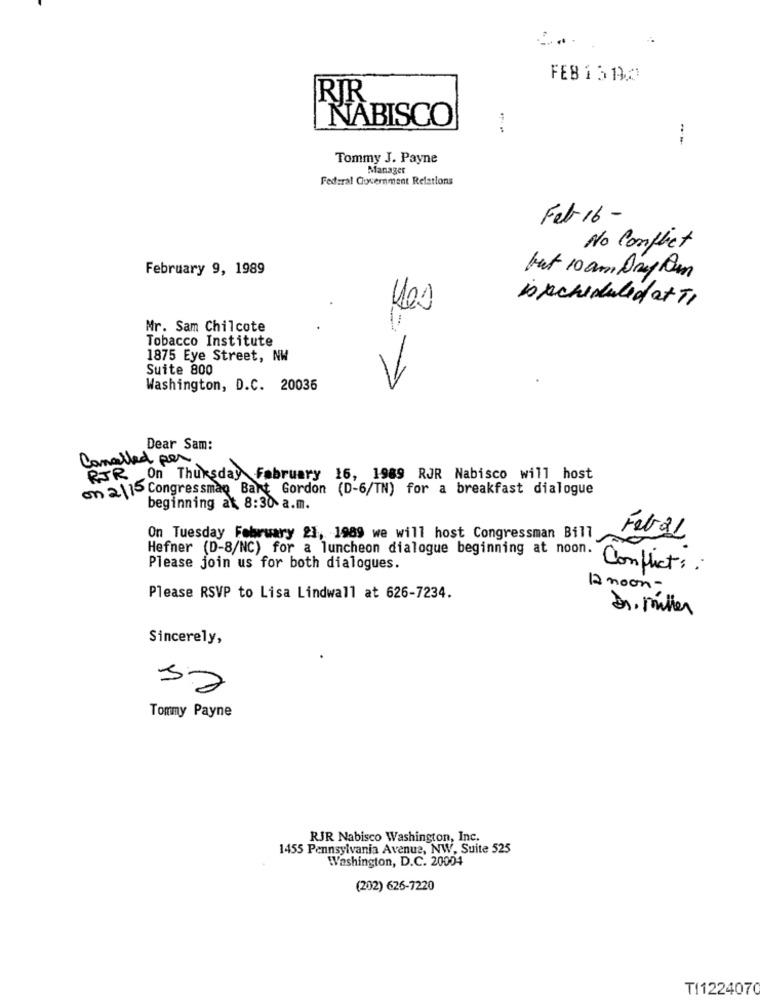
FEB 13130
RIR
NABISCO
Tommy J. Payne
Manager
Federal Government Relations
Feb 16 -
No Conflict
February 9, 1989
but 10 am Day com
is scheduled at TI
Mr. Sam Chilcote
Tobacco Institute
1875 Eye Street, NW
Suite 800
-
Washington, D.C. 20036
Dear Sam:
Conalled per
RJR On Thursday February 16, 1989 RJR Nabisco will host
on 2115 Congressman Bart Gordon (D-6/TN) for a breakfast dialogue
beginning at 8:30 a.m.
On Tuesday February 23, 1989 we will host Congressman Bill
Feb 21
Hefner (D-8/NC) for a luncheon dialogue beginning at noon.
Please join us for both dialogues.
Conflict: :
12 noon-
Please RSVP to Lisa Lindwall at 626-7234.
Dr. miller
Sincerely,
Tommy Payne
RJR Nabisco Washington, Inc.
1455 Pennsylvania Avenue, NW, Suite 525
Washington, D.C. 20004
(202) 626-7220
T11224070